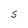
Character: S